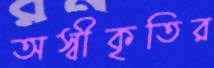
অস্বীকৃতির